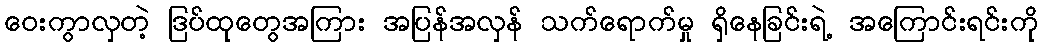
ဝေးကွာလှတဲ့ ဒြပ်ထုတွေအကြား အပြန်အလှန် သက်ရောက်မှု ရှိနေခြင်းရဲ့ အကြောင်းရင်းကို